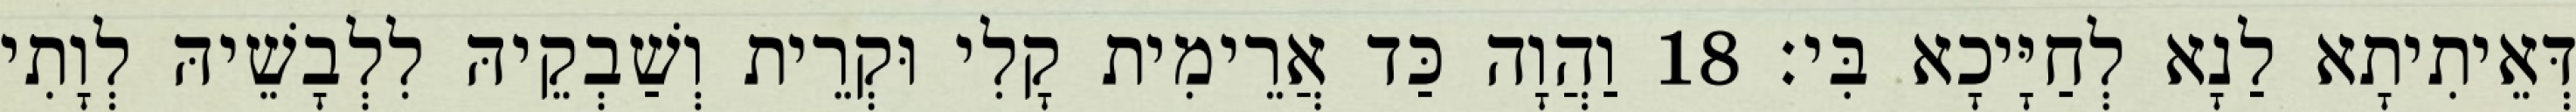
דְּאֵיתִיתָא לַנָא לְחַיָּיכָא בִּי׃ 18 וַהֲוָה כַּד אֲרֵימִית קָלִי וּקְרֵית וְשַׁבְקֵיהּ לִלְבָשֵׁיהּ לְוָתִי